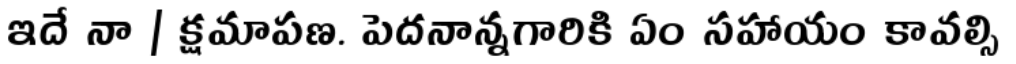
ఇదే నా | క్షమాపణ. పెదనాన్నగారికి ఏం సహాయం కావల్సి